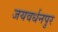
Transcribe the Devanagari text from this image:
जयवर्धनपुर